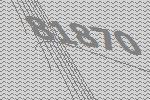
81870